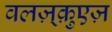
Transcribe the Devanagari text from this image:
वलज़्क़ुएज़